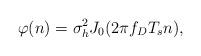
LaTeX: \begin{align*}\varphi(n)=\sigma_h^2 J_0(2\pi f_D T_s n),\end{align*}